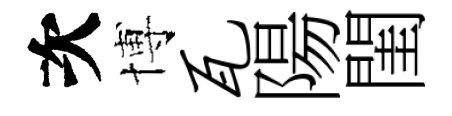
次博瓦陽閨